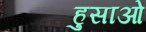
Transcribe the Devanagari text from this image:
हुसाओ